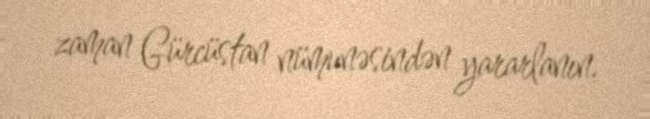
zaman Gürcüstan nümunəsindən yararlanın.